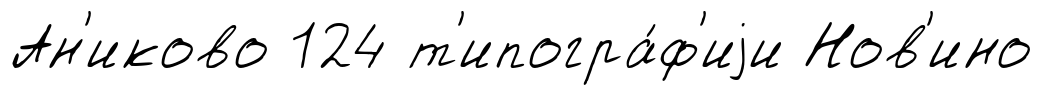
Ан'иково 124 т'ипогра́ф'иjи Нов'ино